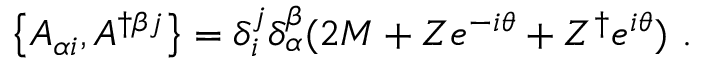
\left\{ A _ { \alpha i } , A ^ { \dagger \beta j } \right\} = \delta _ { i } ^ { j } \delta _ { \alpha } ^ { \beta } ( 2 M + Z e ^ { - i \theta } + Z ^ { \dagger } e ^ { i \theta } ) \ .